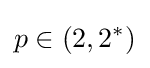
p\in (2,2^{*})